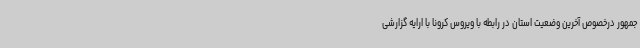
جمهور درخصوص آخرین وضعیت استان در رابطه با ویروس کرونا با ارایه گزارشی